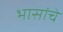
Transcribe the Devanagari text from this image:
भासांचे